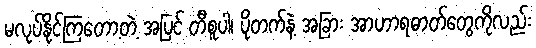
မလုပ်နိုင်ကြတော့တဲ့ အပြင် တီစူပါ၊ ပိုတက်နဲ့ အခြား အာဟာရဓာတ်တွေကိုလည်း